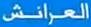
العِرَائِش